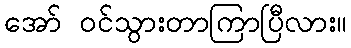
အော် ဝင်သွားတာကြာပြီလား။